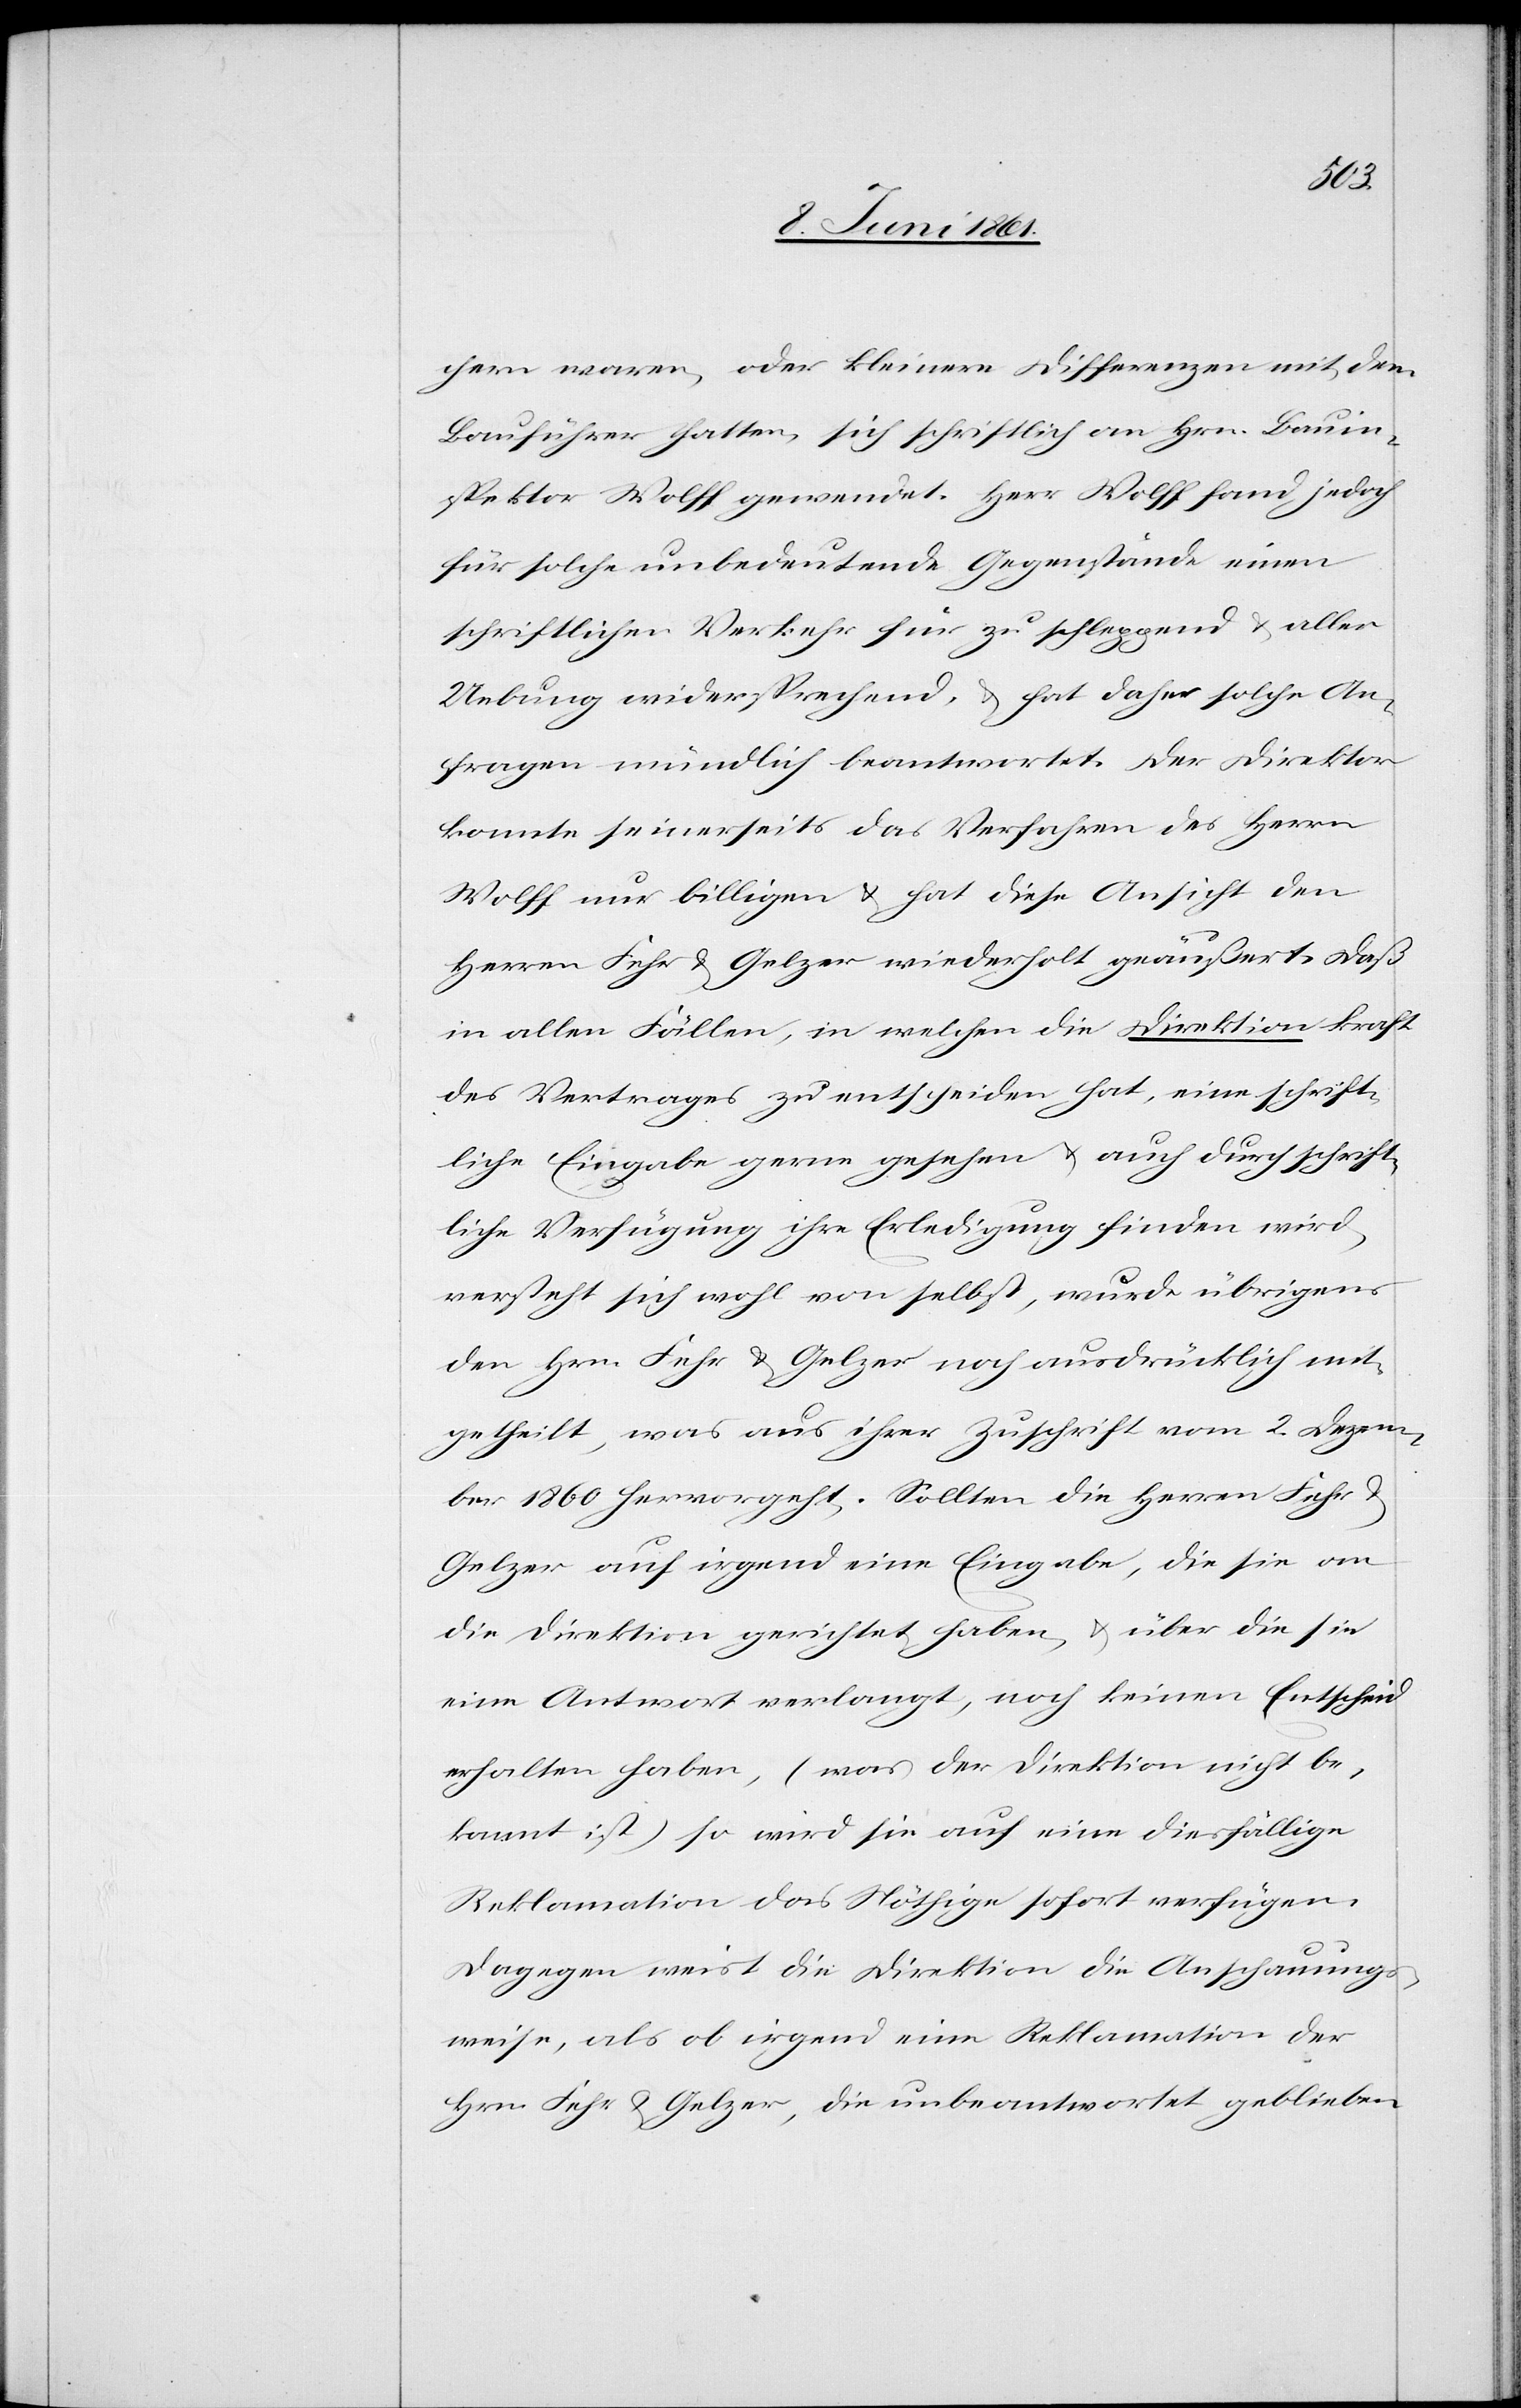
chern waren, oder kleinere Differenzen mit dem
Bauführer hatten, sich schriftlich an Hrn. Bauin¬
spektor Wolff gewendet. Herr Wolff fand jedoch
für solche unbedeutende Gegenstände einen
schriftlichen Verkehr für zu schleppend u. aller
Uebung widersprechend, u. hat daher solche An¬
fragen mündlich beantwortet. Der Direktor
konnte seinerseits das Verfahren des Herrn
Wolff nur billigen u. hat diese Ansicht den
Herren Fehr u. Gelzer wiederholt geäußert, daß
in allen Fällen, in welchen die Direktion kraft
des Vertrages zu entscheiden hat, eine schrift¬
liche Eingabe gerne gesehen u. auch durch schrift¬
liche Verfügung ihre Erledigung finden wird,
versteht sich wohl von selbst, wurde übrigens
den Hrn. Fehr u. Gelzer noch ausdrücklich mit¬
getheilt, was aus ihrer Zuschrift vom 2. Dezem¬
ber 1860 hervorgeht. Sollten die Herren Fehr
Gelzer auf irgend eine Eingabe, die sie an
die Direktion gerichtet haben, u. über die sie
eine Antwort verlangt, noch keinen Entscheid
erhalten haben, (was der Direktion nicht be¬
kannt ist) so wird sie auf eine diesfällige
Reklamation das Nöthige sofort verfügen.
Dagegen weist die Direktion die Anschauungs¬
weise, als ob irgend eine Reklamation der
Hrn. Fehr u. Gelzer, die unbeantwortet geblieben